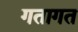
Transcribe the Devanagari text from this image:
गतागत